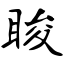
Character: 睃